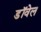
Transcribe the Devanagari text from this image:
डॉवेल